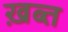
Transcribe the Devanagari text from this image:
ख़ब्त